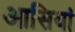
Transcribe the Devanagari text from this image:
आसियां